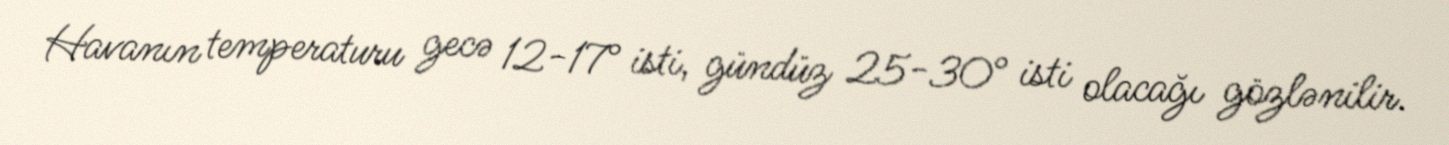
Havanın temperaturu gecə 12-17° isti, gündüz 25-30° isti olacağı gözlənilir.